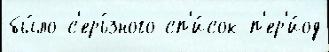
бы́ло с'ерь́зного сп'и́сок п'ер'и́од